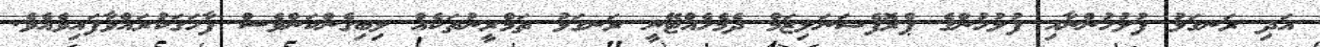
އަދި ރަނގަޅު ފުލުހުންނާއި ފުލުހުންގެ ޕްރޮފެޝަނަލިޒަމް ދެމެހެއްޓޭނީ ރަނގަޅު ތަމްރީނުތަކެއް ލިބިގެންކަންވެސް ފާހަގަކުރައްވާފައިވެއެވެ.